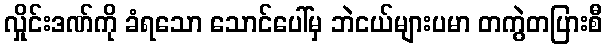
လှိုင်းဒဏ်ကို ခံရသော သောင်ပေါ်မှ ဘဲငယ်များပမာ တကွဲတပြားစီ